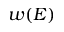
w ( E )